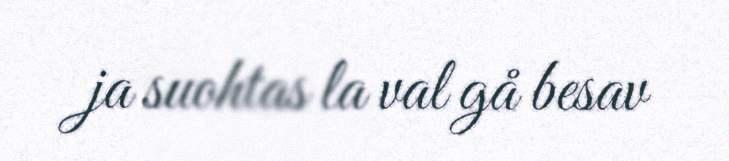
ja suohtas la val gå besav